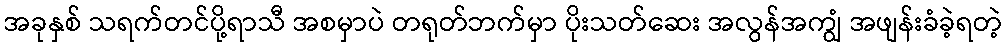
အခုနှစ် သရက်တင်ပို့ရာသီ အစမှာပဲ တရုတ်ဘက်မှာ ပိုးသတ်ဆေး အလွန်အကျွံ အဖျန်းခံခဲ့ရတဲ့